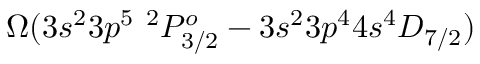
\Omega ( 3 s ^ { 2 } 3 p ^ { 5 } ~ ^ { 2 } P _ { 3 / 2 } ^ { o } - 3 s ^ { 2 } 3 p ^ { 4 } 4 s ^ { 4 } D _ { 7 / 2 } )